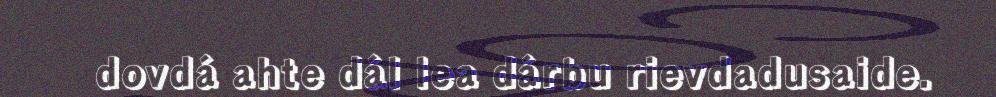
dovdá ahte dál lea dárbu rievdadusaide.